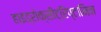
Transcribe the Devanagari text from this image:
हाइड्रोक्सीट्रिप्टामिन